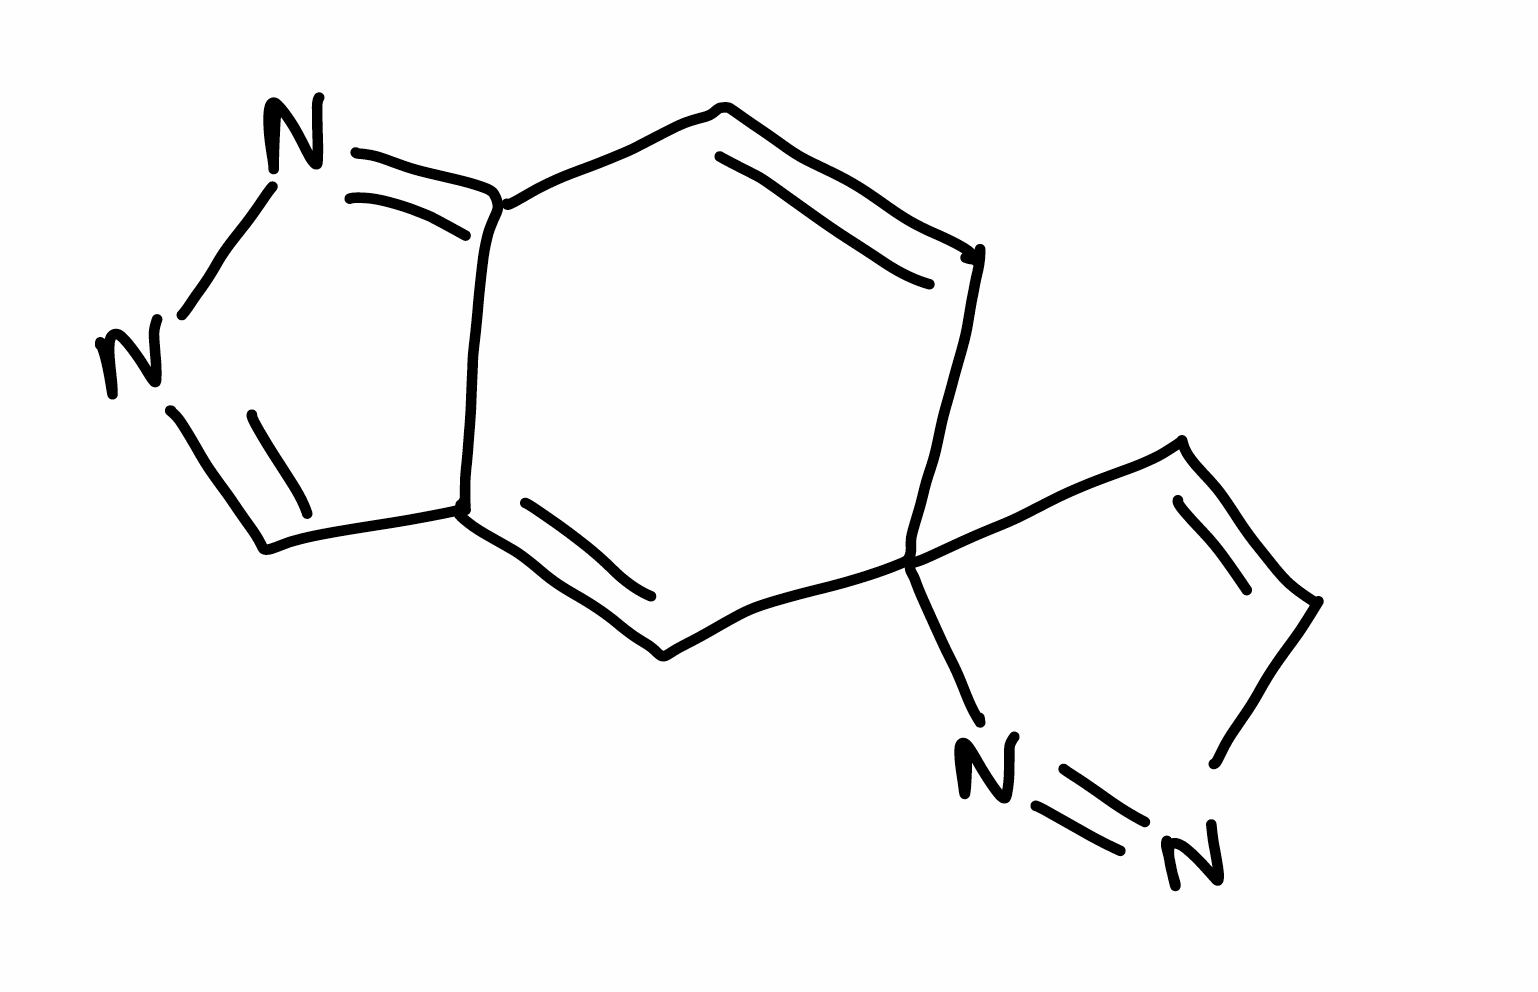
Simplified molecular-input line-entry system (SMILES) notation of the given molecule:
C1=CC2(C=CN=N2)C=C3C1=NN=C3